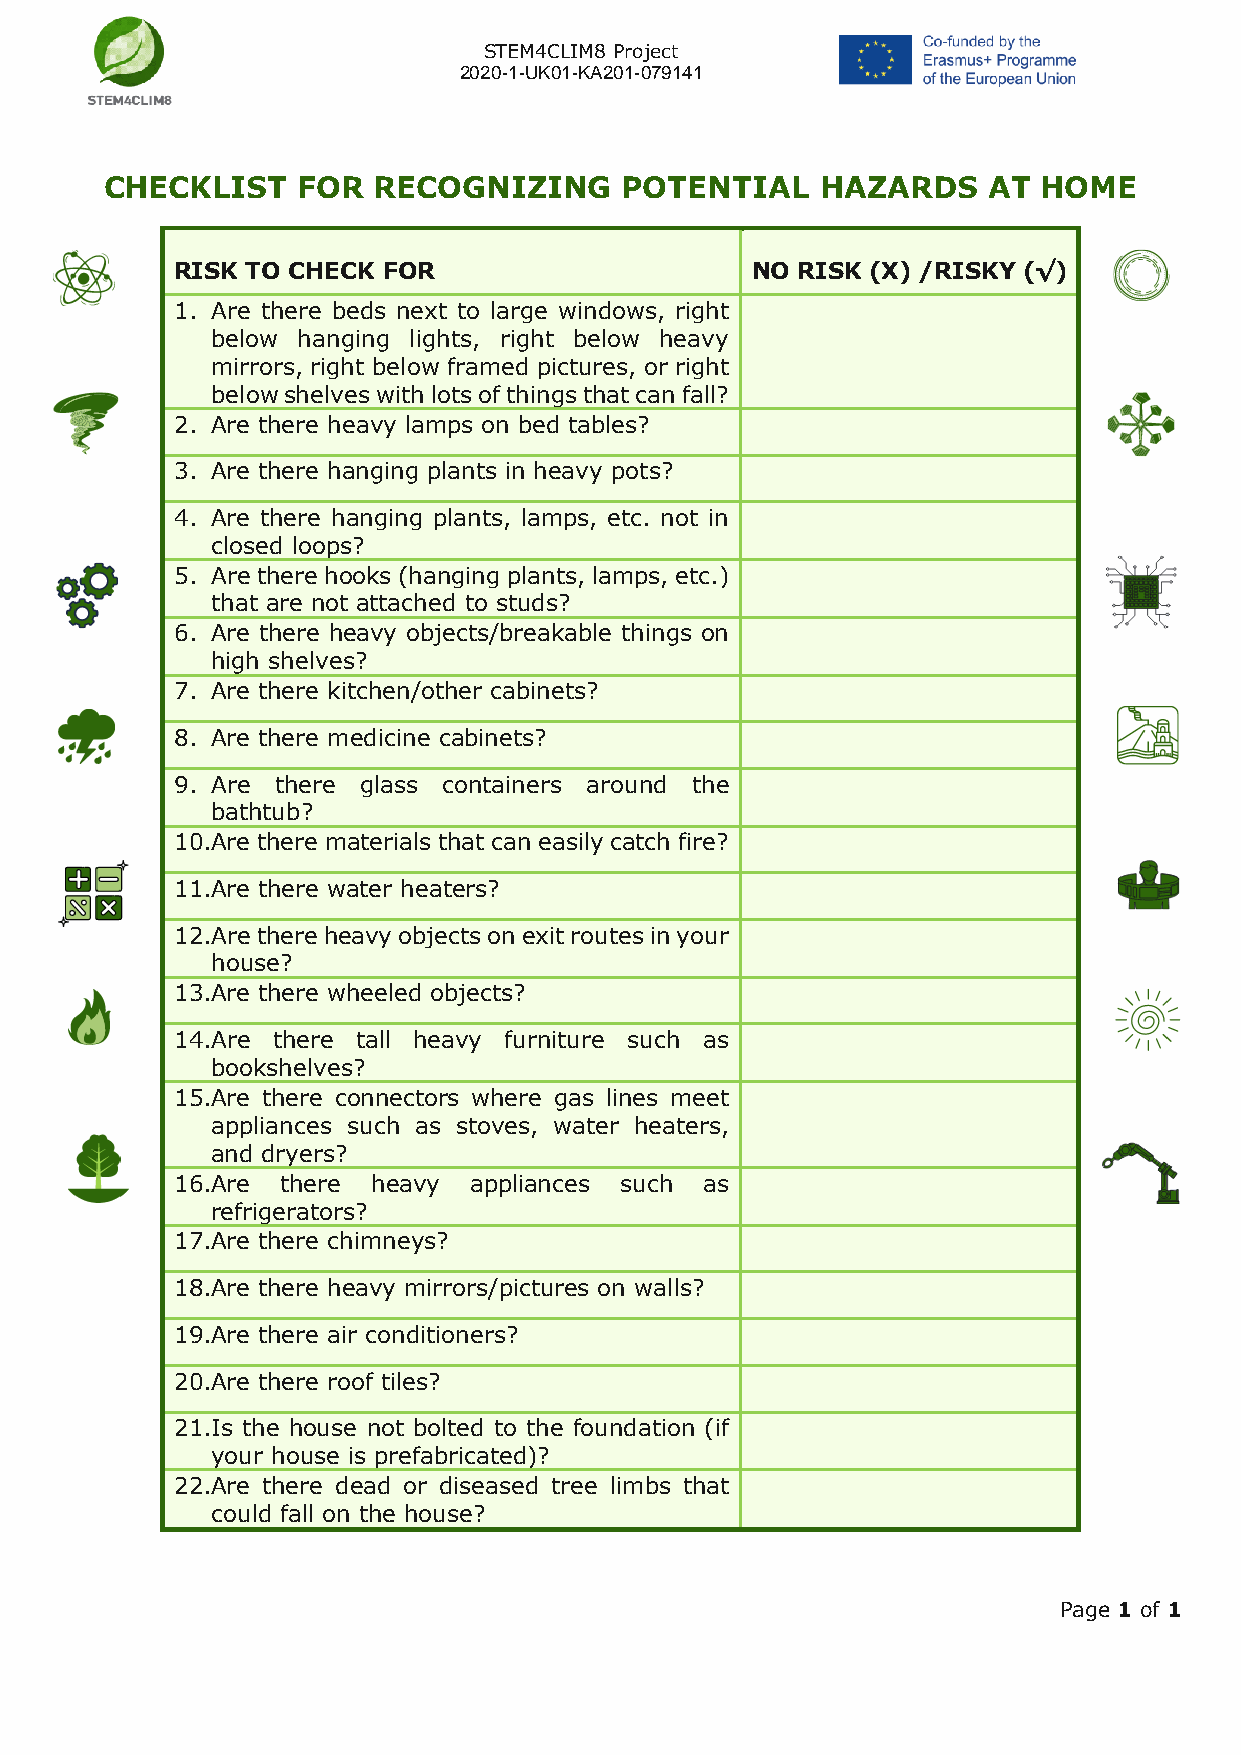
STEM4CLIM8 Project
 2020-1-UK01-KA201-079141
 CHECKLIST    FOR  RECOGNIZING     POTENTIAL    HAZARDS    ΑΤ  HOME
 RISK TO CHECK FOR                     NO RISK (X) /RISKY (√)
 1. Are there beds next to large windows, right
 below hanging lights, right below heavy
 mirrors, right below framed pictures, or right
 below shelves with lots of things that can fall?
 2. Are there heavy lamps on bed tables?
 3. Are there hanging plants in heavy pots?
 4. Are there hanging plants, lamps, etc. not in
 closed loops?
 5. Are there hooks (hanging plants, lamps, etc.)
 that are not attached to studs?
 6. Are there heavy objects/breakable things on
 high shelves?
 7. Are there kitchen/other cabinets?
 8. Are there medicine cabinets?
 9. Are there glass containers around the
 bathtub?
 10.Are there materials that can easily catch fire?
 11.Are there water heaters?
 12.Are there heavy objects on exit routes in your
 house?
 13.Are there wheeled objects?
 14.Are there tall heavy furniture such as
 bookshelves?
 15.Are there connectors where gas lines meet
 appliances such as stoves, water heaters,
 and dryers?
 16.Are there heavy appliances such as
 refrigerators?
 17.Are there chimneys?
 18.Are there heavy mirrors/pictures on walls?
 19.Are there air conditioners?
 20.Are there roof tiles?
 21.Is the house not bolted to the foundation (if
 your house is prefabricated)?
 22.Are there dead or diseased tree limbs that
 could fall on the house?
 Page 1 of 1